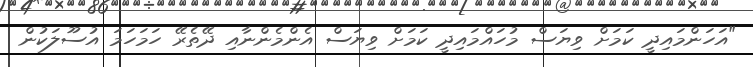
"އަހަންމައިދީ ކަމަށް ވިޔަސް މުހައްމައިދީ ކަމަށް ވިޔަސް އެންމެންނާއި ދޭތެރޭ ހަމަހަމަ އުސޫލަކުން